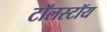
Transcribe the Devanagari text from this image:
टॉलस्‍टॉय